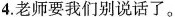
4.老师要我们别说话了。